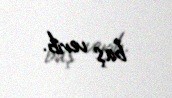
baş verib.